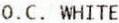
O.C. WHITE